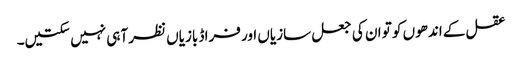
عقل کے اندھوں کو تو ان کی جعل سازیاں اور فراڈ بازیاں نظر آہی نہیں سکتیں۔